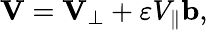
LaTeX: \mathbf{V}=\mathbf{V}_{\perp}+\varepsilon V_{\parallel}\mathbf{b},